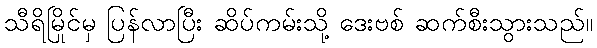
သီရိမြိုင်မှ ပြန်လာပြီး ဆိပ်ကမ်းသို့ ဒေးဗစ် ဆက်စီးသွားသည်။